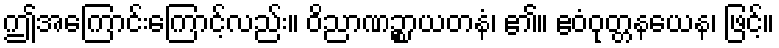
ဤအကြောင်းကြောင့်လည်း။ ဝိညာဏဉ္စာယတနံ၊ ၏။ ဧဝံဝုတ္တနယေန၊ ဖြင့်။